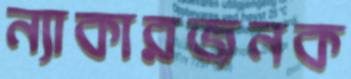
ন্যাকারজনক